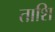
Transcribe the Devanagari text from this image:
ताशि